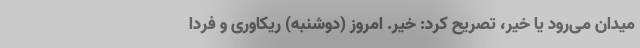
میدان می‌رود یا خیر، تصریح کرد: خیر. امروز (دوشنبه) ریکاوری و فردا